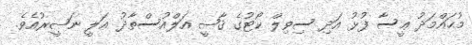
މުޙައްމަދު ޢީސާ ފުޅު އަދި ސިވިލް ކޯޓުގެ ޤާޟީ އަލްއުސްތާޛު ޢަލީ ނަޞީރުއެވެ.